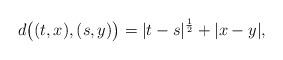
LaTeX: \begin{align*}d\big((t,x), (s,y)\big)=|t-s|^{\frac{1}{2}}+|x-y|,\end{align*}